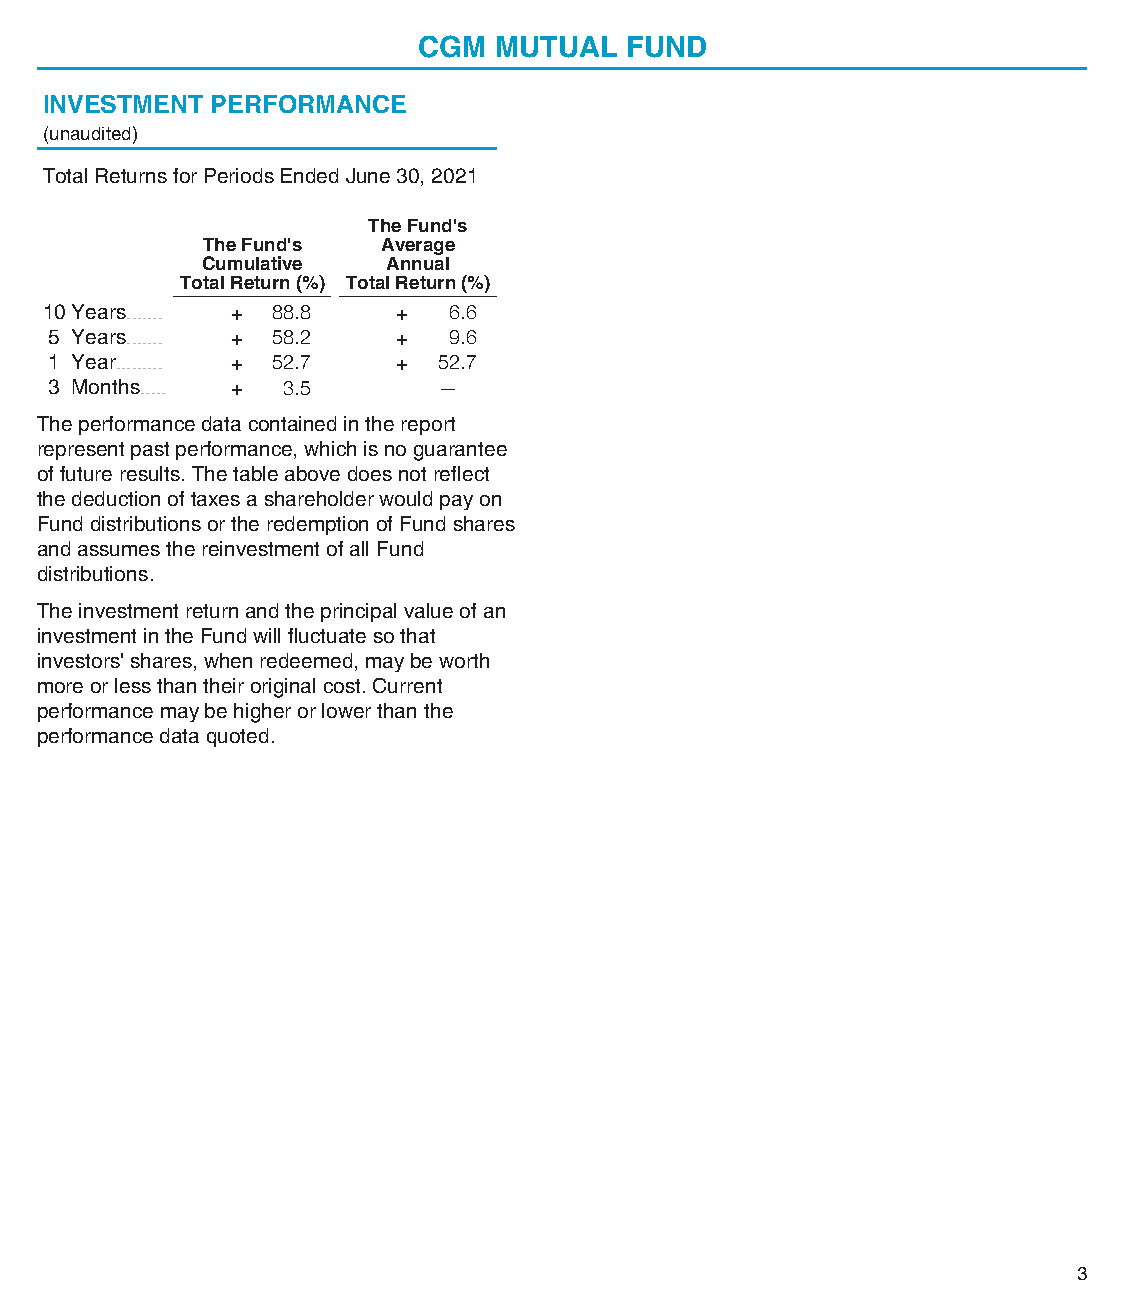
CGM  MUTUAL  FUND
 INVESTMENT PERFORMANCE
 (unaudited)
 Total Returns for Periods Ended June 30, 2021
 The Fund's
 The Fund's  Average
 Cumulative   Annual
 Total Return (%) Total Return (%)
 10 Years....... + 88.8 + 6.6
 5 Years....... + 58.2 +  9.6
 1 Year......... + 52.7 + 52.7
 3 Months..... + 3.5     —
 The performance data contained in the report
 represent past performance, which is no guarantee
 of future results. The table above does not reflect
 the deduction of taxes a shareholder would pay on
 Fund distributions or the redemption of Fund shares
 and assumes the reinvestment of all Fund
 distributions.
 The investment return and the principal value of an
 investment in the Fund will fluctuate so that
 investors' shares, when redeemed, may be worth
 more or less than their original cost. Current
 performance may be higher or lower than the
 performance data quoted.
 3